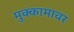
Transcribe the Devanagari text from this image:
मुक्कामावर